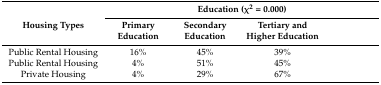
<table><thead><tr><td rowspan="2"><b>Housing Types</b></td><td colspan="4"><b>Education (χ<sup>2</sup> = 0.000)</b></td></tr><tr><td><b>Primary Education</b></td><td><b>Secondary Education</b></td><td><b>Tertiary and Higher Education</b></td><td>[EMPTY_CELL]</td></tr></thead><tbody><tr><td>Public Rental Housing</td><td>16%</td><td>45%</td><td>39%</td><td>[EMPTY_CELL]</td></tr><tr><td>Public Rental Housing</td><td>4%</td><td>51%</td><td>45%</td><td>[EMPTY_CELL]</td></tr><tr><td>Private Housing</td><td>4%</td><td>29%</td><td>67%</td><td>[EMPTY_CELL]</td></tr></tbody></table>